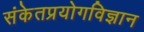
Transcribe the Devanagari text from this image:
संकेतप्रयोगविज्ञान